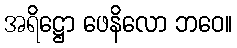
အရိဋ္ဌော ဖေနိလော ဘဝေ။